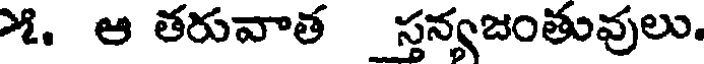
౫. ఆ తరువాత స్తన్యజంతువులు.